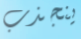
ينجذب